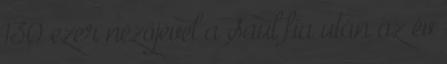
130 ezer nézőjével a Saul fia után az év